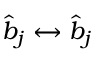
\hat { b } _ { j } \leftrightarrow \hat { b } _ { j }